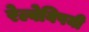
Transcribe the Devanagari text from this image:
रेल्वेविषयी